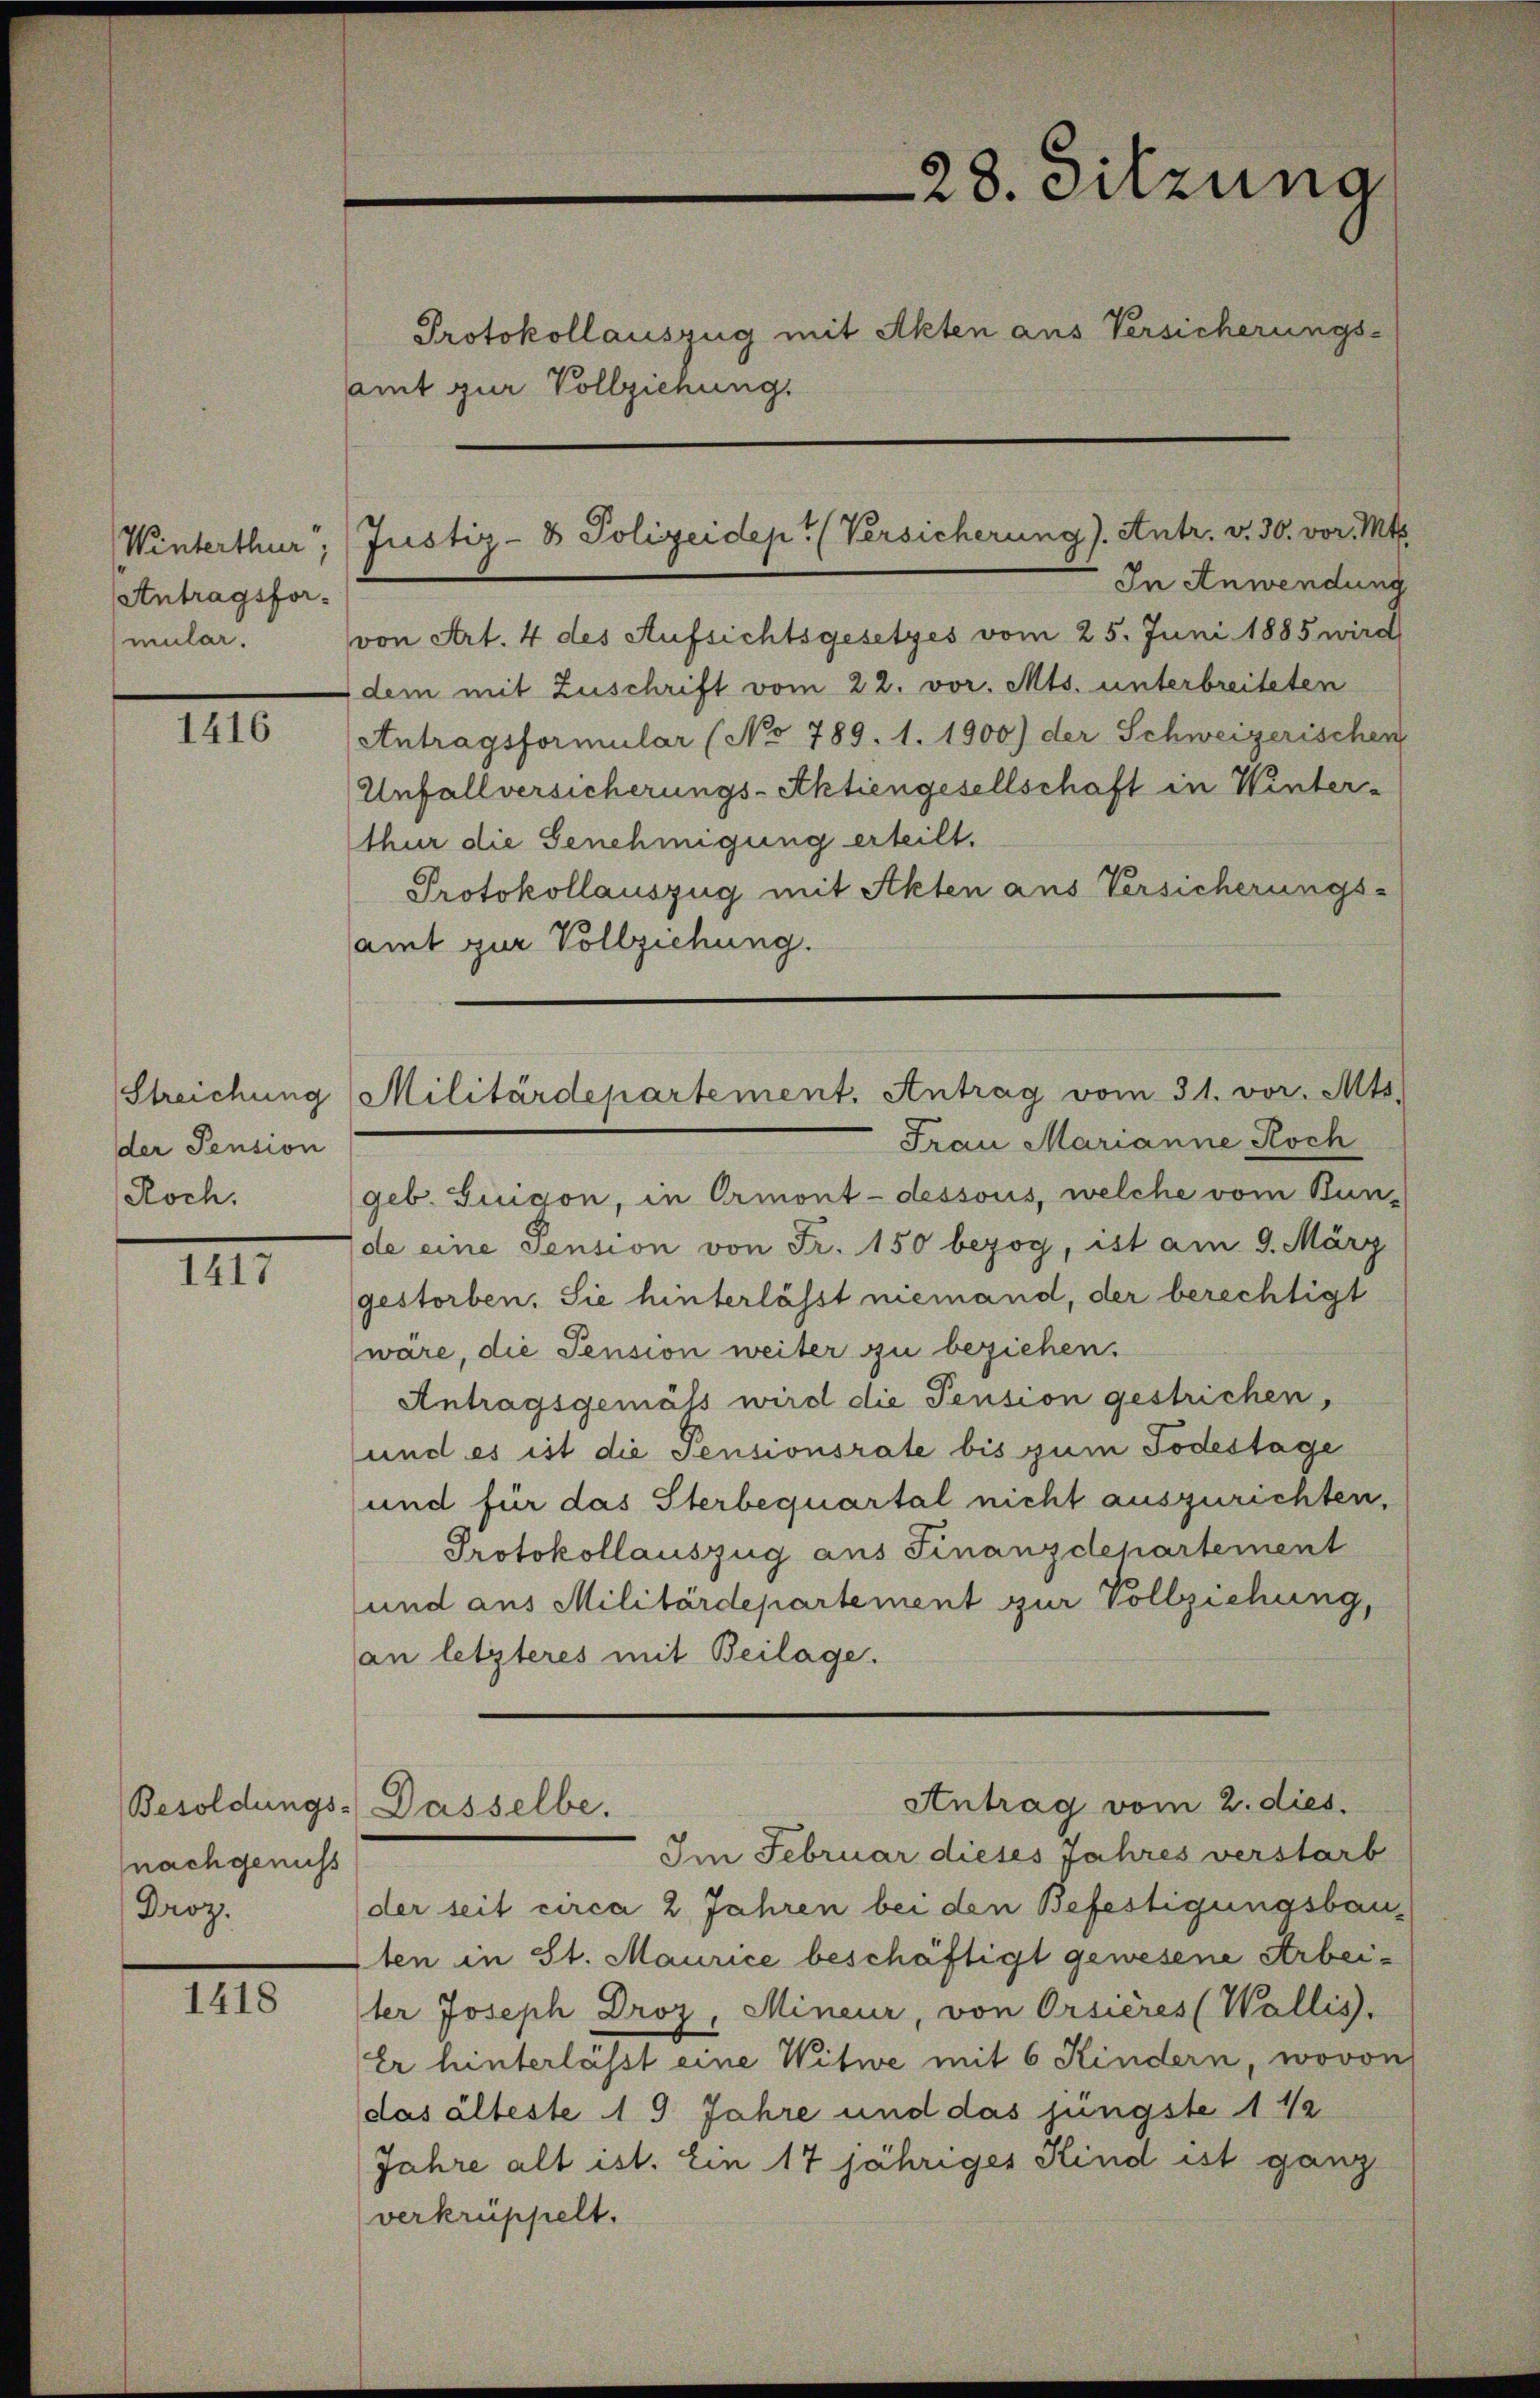
Winterthur.
Antragsformular.

1416

der Pension
Roch.

1417

nachgenuss
Droz.

1418

amt zur Vollziehung.

28. Sitzung
Protokollauszug mit Akten aus Versicherungs-

In Anwendung
von Art. 4 des Aufsichtsgesetzes vom 25. Juni 1885 wird
dem mit Zuschrift vom 22. vor. Mts. unterbreiteten
Antragsformular (No 789. 1. 1900) der Schweizerischen
Unfallversicherungs-Aktiengesellschaft in Winter-
thur die Genehmigung erteilt.
Protokollauszug mit Akten aus Versicherungs-
amt zur Vollziehung.
Frau Marianne Koch
geb. Guigon, in Ormont-dessous, welche vom Bun-
de eine Pension von Fr. 150 bezog, ist am 9. März
gestorben. Sie hinterlässt niemand, der berechtigt
wäre, die Pension weiter zu beziehen.
Antragsgemäss wird die Pension gestrichen,
und es ist die Pensionsrate bis zum Todestage
und für das Sterbequartal nicht auszurichten,
Protokollauszug aus Finanzdepartement
und aus Militärdepartement zur Vollziehung,
an letzteres mit Beilage.
Antrag vom 2. dies.
Besoldungs-Dasselbe.
Im Februar dieses Jahres verstarb
der seit circa 2 Jahren bei den Befestigungsbau¬
2ten in St. Maurice beschäftigt gewesene Arbeiter Joseph Droz. Mineur, von Orsières (Wallis.
Er hinterlässt eine Witwe mit 6 Kindern, wovon
das älteste 19 Jahre und das jüngste 1 1/2
Jahre alt ist. Ein 17 jähriges Kind ist ganz
verkrüppelt.

Justiz- & Polizeidept (Versicherung). Antr. v. 30. vor. Mts.

Streichung Militärdepartement. Antrag vom 31. vor. Mts.